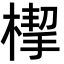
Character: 㮮